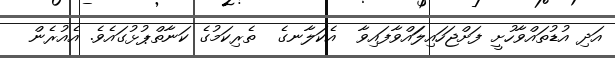
އަދި އުޑުތައްވާހުށީ ފަށްޖަހައިލަައްވާފައިވާ  އެކަލާނގެ  ތެރިކަމުގެ ކަނާތްޕުޅުގައެވެ. އެއުރެން